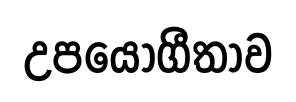
උපයෝගීතාව